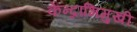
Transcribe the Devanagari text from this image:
केन्द्राभिमुखी